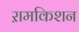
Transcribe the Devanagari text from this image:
ऱामकिशन